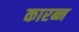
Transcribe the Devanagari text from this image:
कारब्न